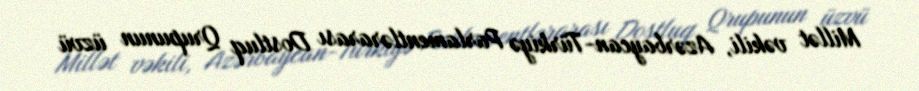
Millət vəkili, Azərbaycan-Türkiyə Parlamentlərarası Dostluq Qrupunun üzvü